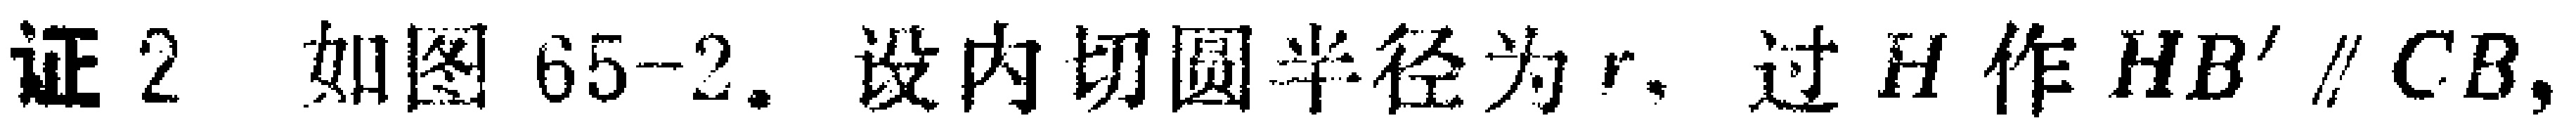
证2 如图65-2. 设内切圆半径为$r$. 过$H$作$HB^{\prime}\parallel CB$,